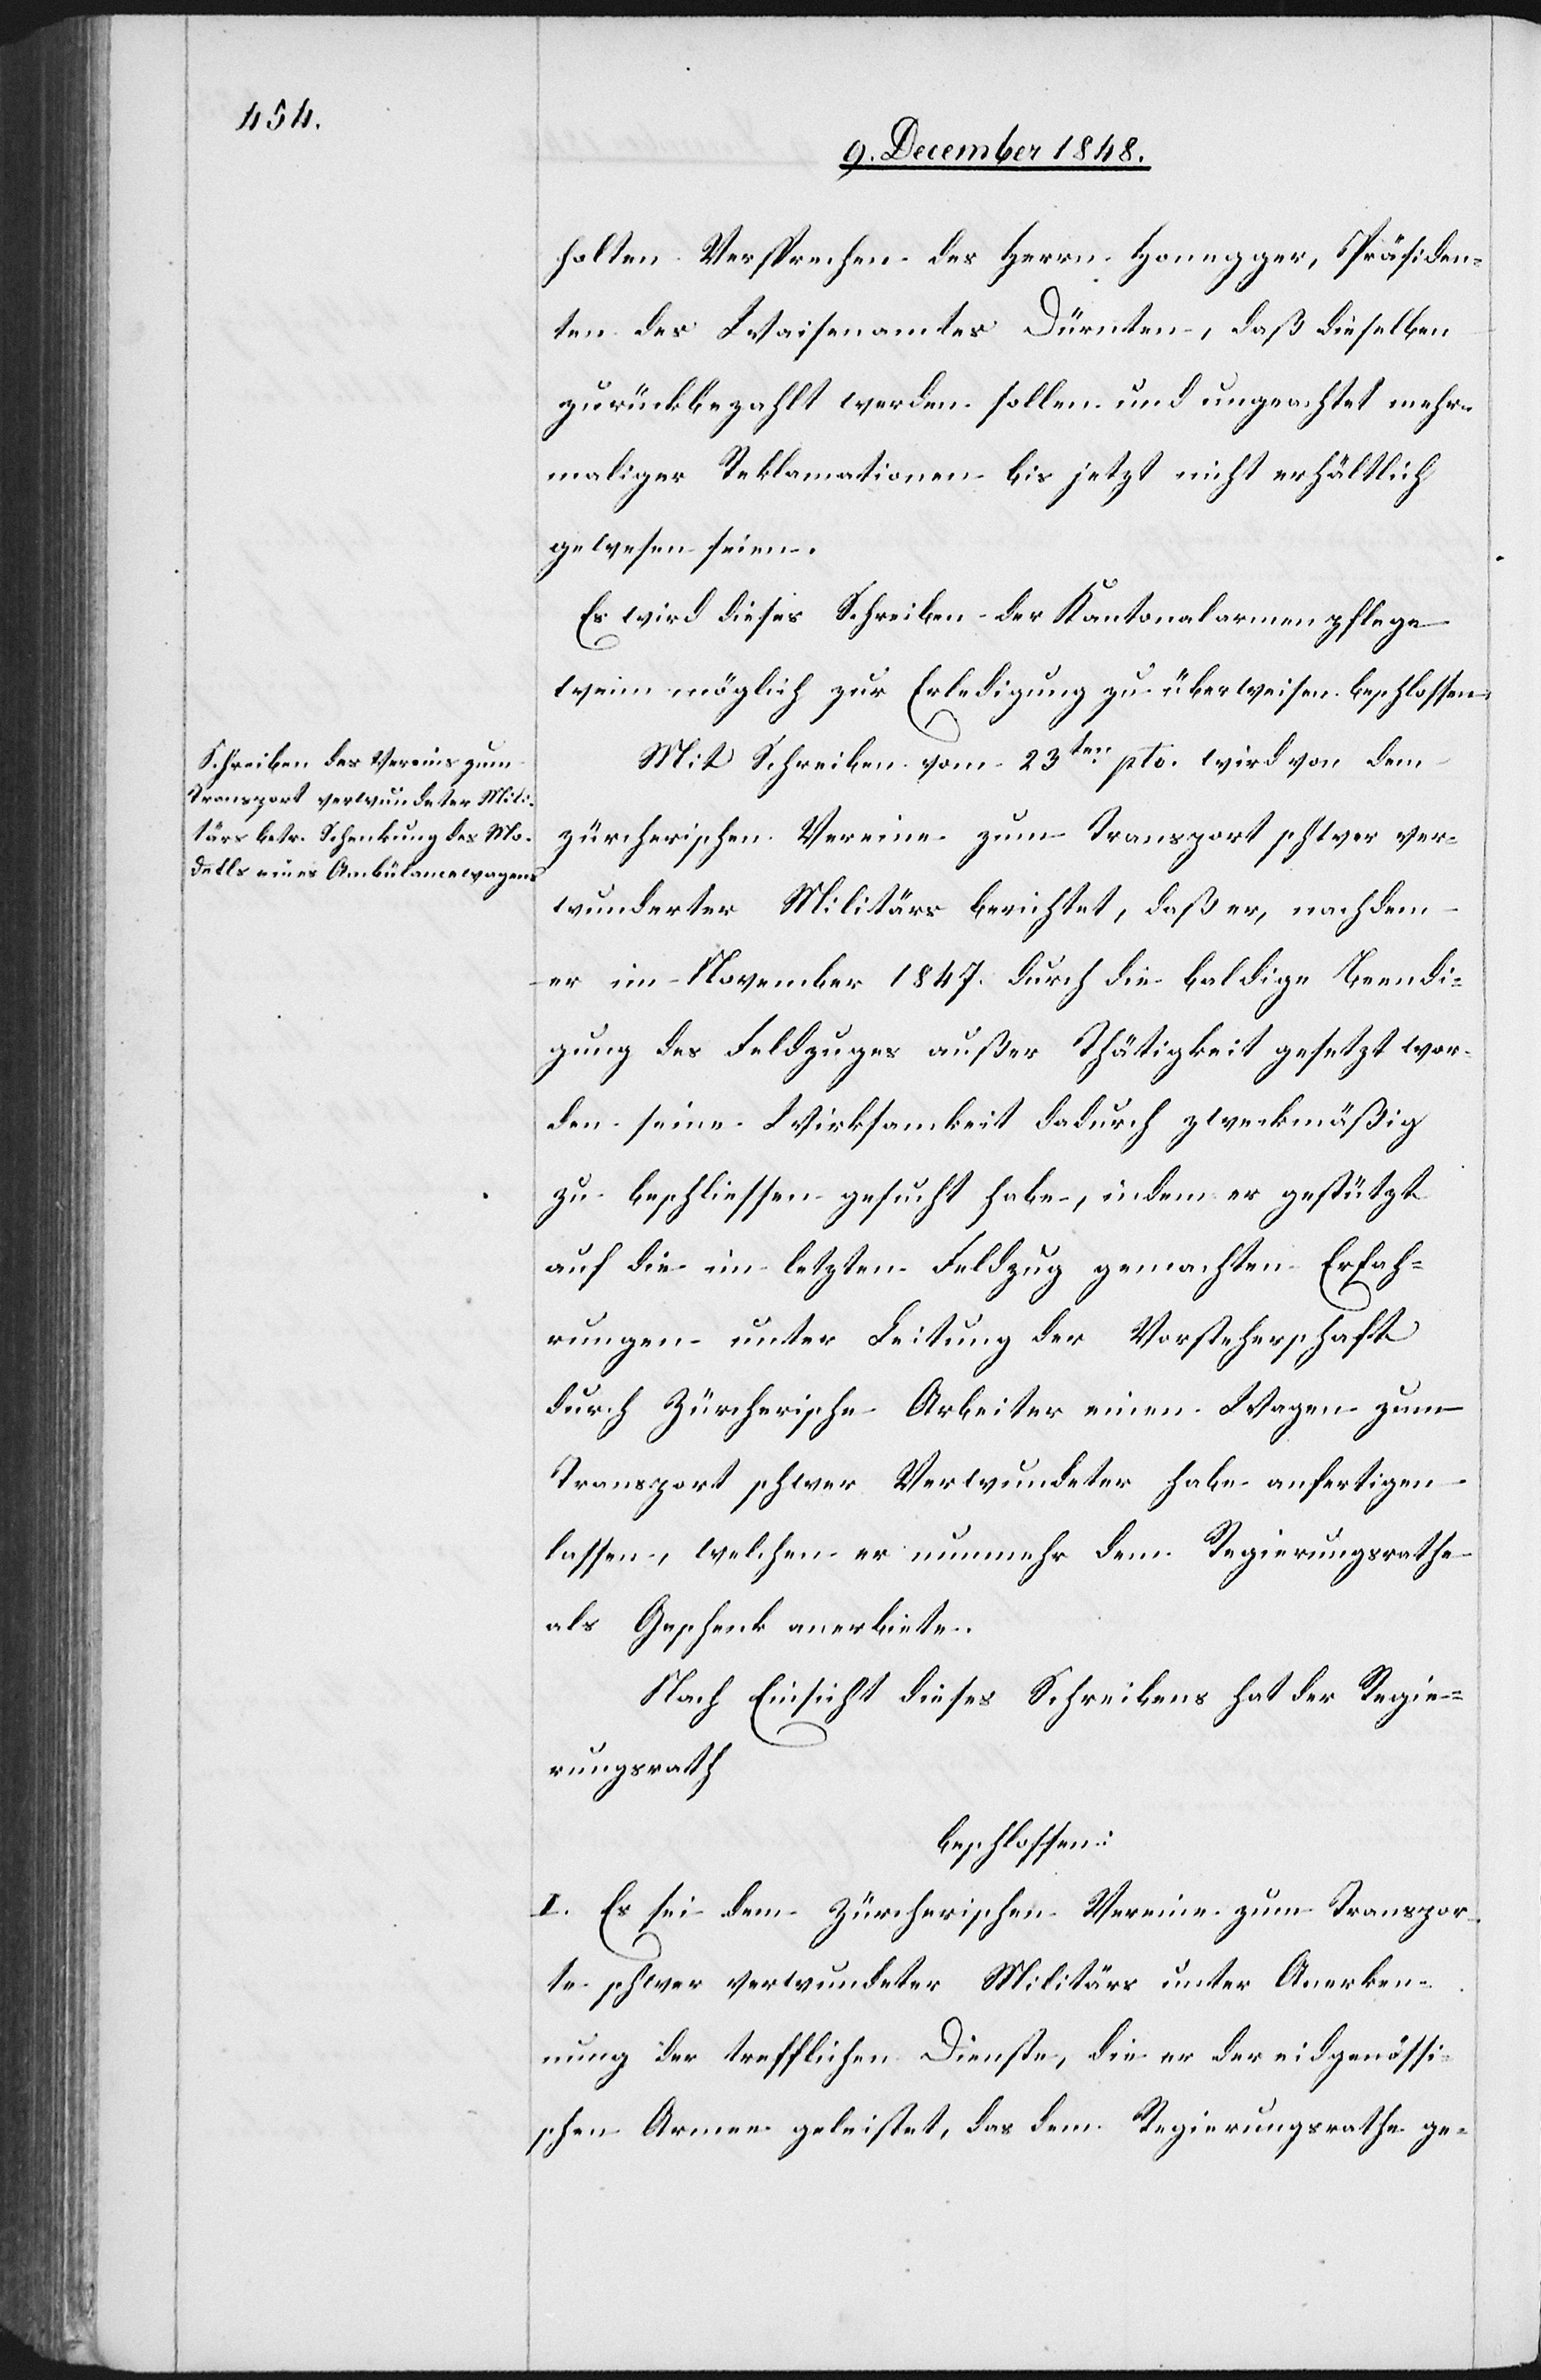
holten Versprechen des Herrn Honegger, Präsiden¬
ten des Waisenamtes Dürnten, daß dieselben
zurückbezahlt werden sollen und ungeachtet mehr¬
maliger Reklamationen bis jetzt nicht erhältlich
gewesen seien.
Es wird dieses Schreiben der Kantonalarmenpflege
wenn möglich zur Erledigung zu überweisen beschlossen.
Mit Schreiben vom 23ten pto. wird von dem
zürcherischen Vereine zum Transport schwer ver¬
wunderter [sic!] Militärs berichtet, daß er, nachdem
er im November 1847. durch die baldige Beendi¬
gung des Feldzuges außer Thätigkeit gesetzt wor¬
den seine Wirksamkeit dadurch zweckmäßig
zu beschliessen gesucht habe, indem er gestützt
auf die im letzten Feldzug gemachten Erfah¬
rungen unter Leitung der Vorsteherschaft
durch Zürcherische Arbeiter einen Wagen zum
Transport schwer Verwundeter habe anfertigen
lassen, welchen er nunmehr dem Regierungsrathe
als Geschenk anerbiete.
Nach Einsicht dieses Schreibens hat der Regie¬
rungsrath
beschlossen:
I. Es sei dem Zürcherischen Vereine zum Transpor¬
te schwer verwundeter Militärs unter Anerken¬
nung der trefflichen Dienste, die er der eidgenössi¬
schen Armee geleistet, das dem Regierungsrathe ge-